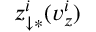
z _ { \downarrow \ast } ^ { i } ( v _ { z } ^ { i } )